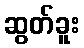
ဆွတ်ခူး